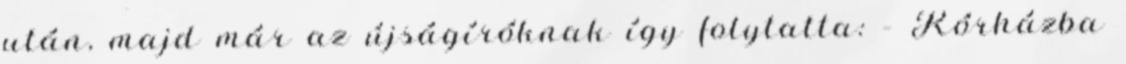
után, majd már az újságíróknak így folytatta: – Kórházba